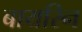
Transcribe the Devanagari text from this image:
बायरिन